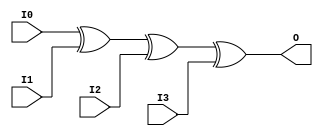
module X_XOR4 (O, I0, I1, I2, I3);

  parameter LOC = "UNPLACED";
  output O;
  input I0, I1, I2, I3;

  xor (O, I0, I1, I2, I3);

  specify

	(I0 => O) = (0:0:0, 0:0:0);
	(I1 => O) = (0:0:0, 0:0:0);
	(I2 => O) = (0:0:0, 0:0:0);
	(I3 => O) = (0:0:0, 0:0:0);

	specparam PATHPULSE$ = 0;

  endspecify

endmodule